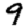
Digit: 9